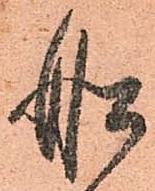
船